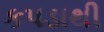
કપડાથી